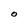
Character: O